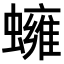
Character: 𧒱